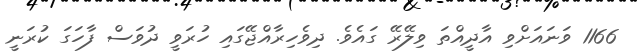
1166 ވަނައަށްވި އާދީއްތަ ވިލޭރޭ ގައެވެ. ދިވެހިރާއްޖޭގައި ހުރަވީ ދުވަސް ފާހަގަ ކުރަނީ